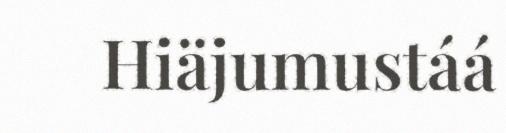
Hiäjumustáá